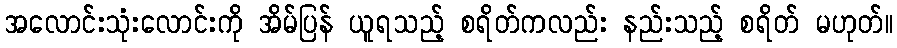
အလောင်းသုံးလောင်းကို အိမ်ပြန် ယူရသည့် စရိတ်ကလည်း နည်းသည့် စရိတ် မဟုတ်။